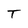
Character: T